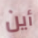
أين